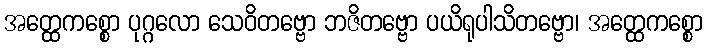
အတ္ထေကစ္စော ပုဂ္ဂလော သေဝိတဗ္ဗော ဘဇိတဗ္ဗော ပယိရုပါသိတဗ္ဗော၊ အတ္ထေကစ္စော